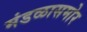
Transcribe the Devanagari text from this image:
मंडळासमोर